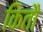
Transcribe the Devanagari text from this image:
कितौ